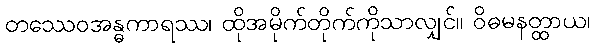
တဿေဝအန္ဓကာရဿ၊ ထိုအမိုက်တိုက်ကိုသာလျှင်။ ဝိဓမနတ္ထာယ၊